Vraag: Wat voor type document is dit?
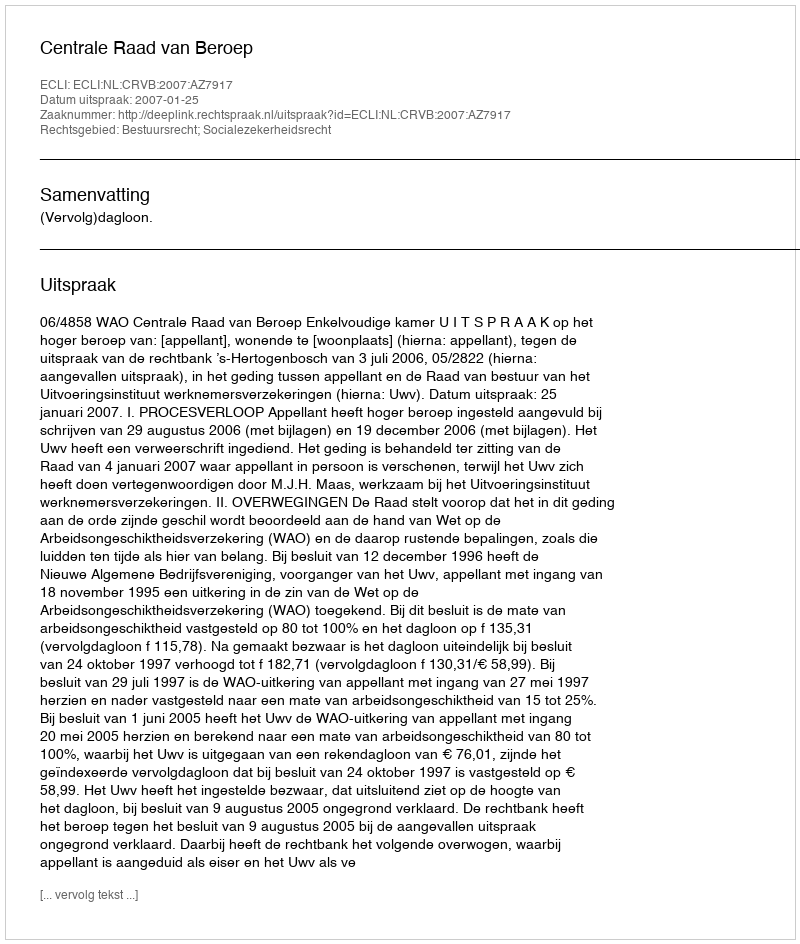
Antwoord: Uitspraak